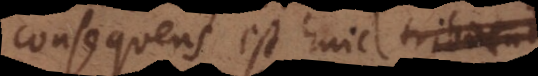
consequens est huic esse